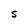
Character: S